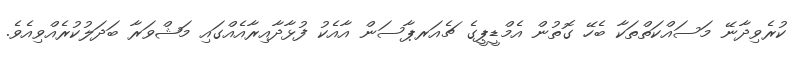
ކުރެވިދާނޭ މަސައްކަތްތަކާ ބެހޭ ގޮތުން އެމްޑީޕީގެ ޗެއަރޕާސަން އާއެކު ފުޅާދާއިރާއެއްގައި މަޝްވަރާ ބަދަލުކުރެއްވިއެވެ.